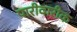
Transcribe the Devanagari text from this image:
पारीवारीक